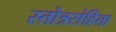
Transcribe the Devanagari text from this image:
स्तोत्रसंहिता